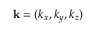
\mathbf { k } = ( k _ { x } , k _ { y } , k _ { z } )